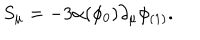
S _ { \mu } = - 3 \alpha ( \phi _ { 0 } ) \partial _ { \mu } \phi _ { ( 1 ) } .